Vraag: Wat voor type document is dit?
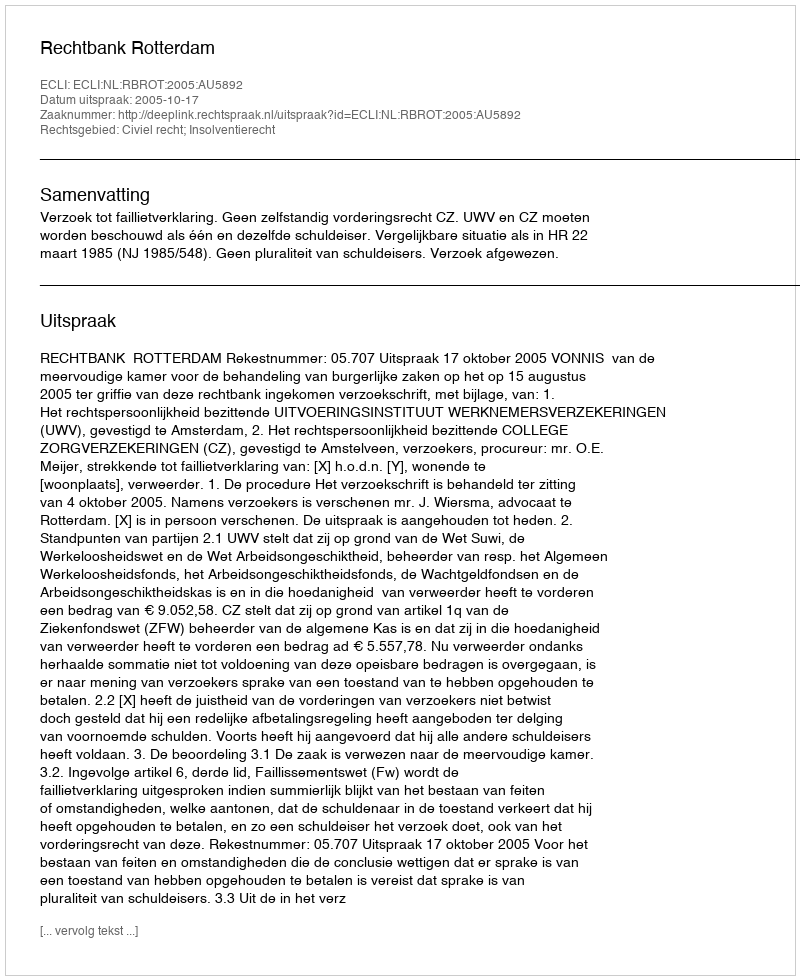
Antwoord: Uitspraak